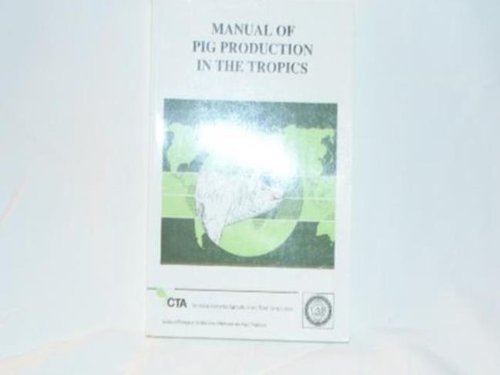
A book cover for Manual of Pig Production in the Tropics; H. Serres; Science & Math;